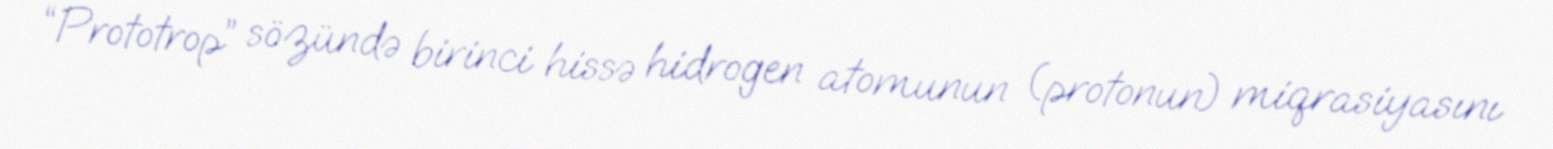
“Prototrop” sözündə birinci hissə hidrogen atomunun (protonun) miqrasiyasını